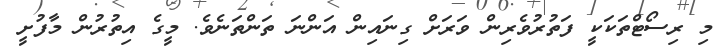
މި ރިސޯޓްތަކަކީ ފަތުރުވެރިން ވަރަށް ގިނައިން އަންނަ ތަންތަނެވެ. މީގެ އިތުރުން މާފުށީ